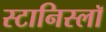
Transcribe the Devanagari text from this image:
स्टानिस्लॉ